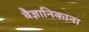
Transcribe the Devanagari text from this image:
वैज्ञानिकाना